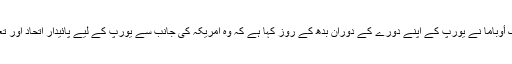
امریکہ کے صدر براک أوباما نے یورپ کے اپنے دورے کے دوران بدھ کے روز کہا ہے کہ وہ امریکہ کی جانب سے یورپ کے لیے پائیدار اتحاد اور تعاون کا پیغام لائے ہیں۔